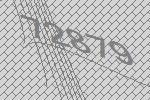
72879